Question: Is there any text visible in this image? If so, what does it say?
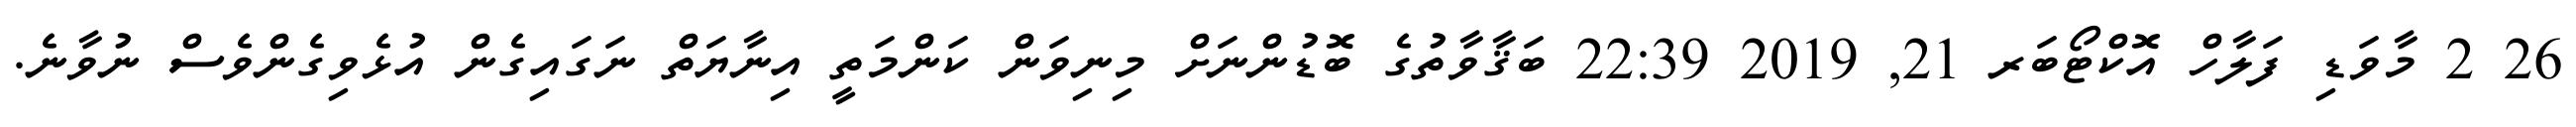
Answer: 26 2 މާވަޑި ފަލާހް އޮކްޓޯބަރ 21, 2019 22:39 ބަޤާވާތުގެ ބޮޑުންނަށް މިނިވަން ކަންމަތީ އިނާޔަތް ނަގައިގެން އުޅެވިގެންވެސް ނުވާނެ.